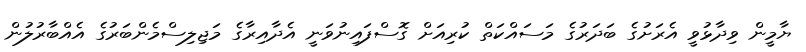
ޔާމީން ވިދާޅުވީ އެރަށުގެ ބަދަރުގެ މަސައްކަތް ކުރިއަށް ގޮސްފައިނުވަނީ އެދާއިރާގެ މަޖިލިސްމެންބަރުގެ އެއްބާރުލުން